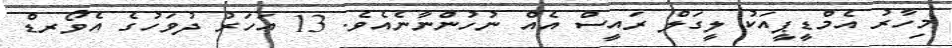
މިހާރު އެމްޑީޕީއަކު ލީގަލް ރައީސް އެއް ނުހުންނާނެއެެވެ. 13 އަހަރު ދުވަހުގެ އެވޯރޑް